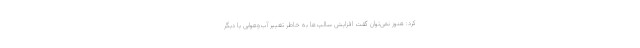
کرد: هنوز نمی‌توان گفت افزایش سالپ‌ها به خاطر تغییر آب‌وهوایی یا دیگر